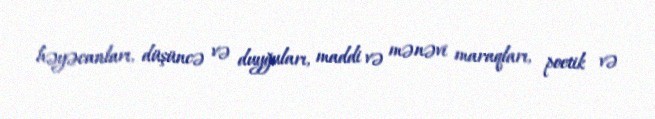
həyəcanları, düşüncə və duyğuları, maddi və mənəvi maraqları, poetik və